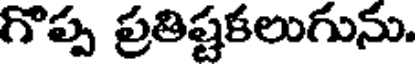
గొప్ప ప్రతిష్టకలుగును.